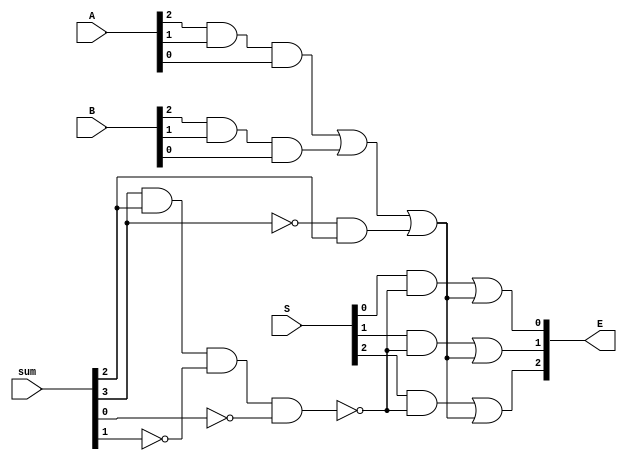
module INF(A, B, sum, S, E);
input[2:0] A, B, S;
input[3:0] sum;
output[2:0] E;
wire[2:0] hold;
wire b0, b1, neg4;
wire notneg, h0, h1, inf0, inf1, inf;

//A or B is inf so answer is inf
and and0(h0, A[2], A[1], A[0]);
and and1(h1, B[2], B[1], B[0]);
or or0(inf0, h0, h1);

//A + B + offset > 3, exp is inf
not not0(notneg, sum[3]);
and and2(inf1, notneg, sum[2]);

//special case exp = -4
not not1(b0, sum[0]);
not not2(b1, sum[1]);
nand nand0(neg4, sum[3], sum[2], b1, b0);
and and3(hold[0], S[0], neg4);
and and4(hold[1], S[1], neg4);
and and5(hold[2], S[2], neg4);


//if any infN is true then exp is inf(3'b111)
or or2(inf, inf0, inf1);
or or3(E[0], hold[0], inf);
or or4(E[1], hold[1], inf);
or or5(E[2], hold[2], inf);

endmodule